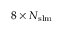
8 \times N _ { \mathrm { { s l m } } }